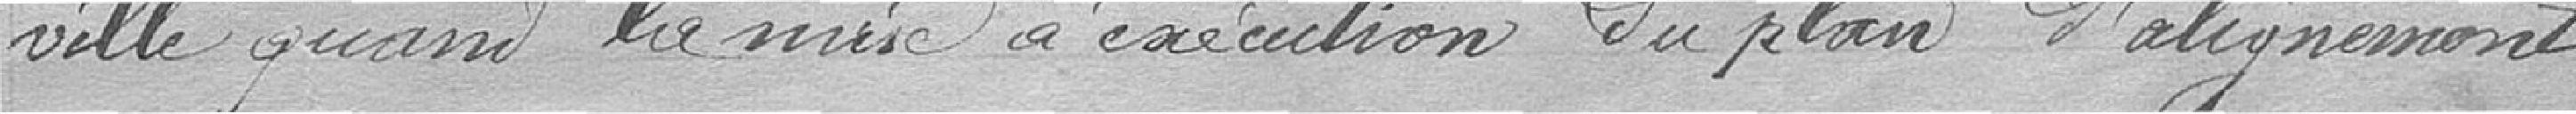
ville quand la mise à exécution du plan d'alignement